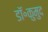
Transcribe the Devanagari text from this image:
डॉ॰कुमुद